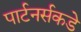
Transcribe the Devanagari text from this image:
पार्टनर्सकडे